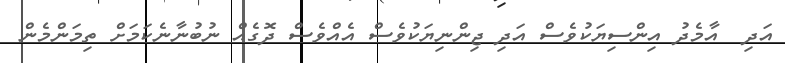
އަދި  އާމެދު އިންސިޔަކުވެސް އަދި ޖިންނިޔަކުވެސް އެއްވެސް ދޮގެއް ނުބުނާނެކަމަށް ތިމަންމެން